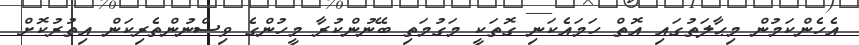
އެހެންކަމުން މިޙާލަތުގައި އޮތް ހަމައެކަނި ގޮތަކީ މަގުމަތި ބޭނުންކުރާ މީހުންގެ ވިސްނުންތެރިކަން އިތުރުކޮށް